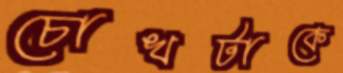
চোখটাকে